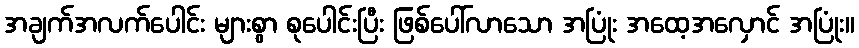
အချက်အလက်ပေါင်း များစွာ စုပေါင်းပြီး ဖြစ်ပေါ်လာသော အပြုံး အထေ့အလှောင် အပြုံး။